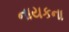
નાયકના